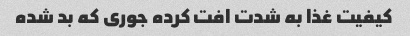
کیفیت غذا به شدت افت کرده جوری که بد شده